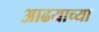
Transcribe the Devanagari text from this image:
आढयाच्या